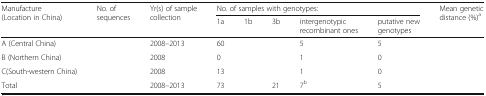
<table><thead><tr><td rowspan="2"><b>Manufacture (Location in China)</b></td><td rowspan="2"><b>No. of sequences</b></td><td rowspan="2"><b>Yr(s) of sample collection</b></td><td colspan="5"><b>No. of samples with genotypes:</b></td><td rowspan="2"><b>Mean genetic distance (%)<sup>a</sup></b></td></tr><tr><td><b>1a</b></td><td><b>1b</b></td><td><b>3b</b></td><td><b>intergenotypic recombinant ones</b></td><td><b>putative new genotypes</b></td></tr></thead><tbody><tr><td>A (Central China)</td><td>[EMPTY_CELL]</td><td>2008–2013</td><td>60</td><td>[EMPTY_CELL]</td><td>[EMPTY_CELL]</td><td>5</td><td>5</td><td>[EMPTY_CELL]</td></tr><tr><td>B (Northern China)</td><td>[EMPTY_CELL]</td><td>2008</td><td>0</td><td>[EMPTY_CELL]</td><td>[EMPTY_CELL]</td><td>1</td><td>0</td><td>[EMPTY_CELL]</td></tr><tr><td>C(South-western China)</td><td>[EMPTY_CELL]</td><td>2008</td><td>13</td><td>[EMPTY_CELL]</td><td>[EMPTY_CELL]</td><td>1</td><td>0</td><td>[EMPTY_CELL]</td></tr><tr><td>Total</td><td>[EMPTY_CELL]</td><td>2008–2013</td><td>73</td><td>[EMPTY_CELL]</td><td>21</td><td>7<sup>b</sup></td><td>5</td><td>[EMPTY_CELL]</td></tr></tbody></table>